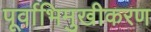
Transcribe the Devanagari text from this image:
पूर्वाभिमुखीकरण